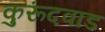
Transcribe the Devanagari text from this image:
कुरूंदवाड